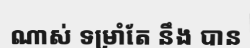
ណាស់ ទម្រាំតែ នឹង បាន